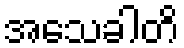
အသေခါတိ